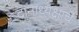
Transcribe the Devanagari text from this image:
दानाध्यक्षाचे